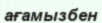
ағамызбен